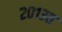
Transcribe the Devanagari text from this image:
२०१३त